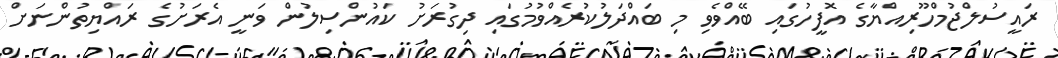
ރައީސުލްޖުމްހޫރިއްޔާގެ އޮފީހުގައި ބޭއްވެވި މި ބައްދަލުކުރެއްވުމުގައި ދިގުރަށު ކައުންސިލުން ވަނީ އެރަށުގެ ރައްޔިތުންނަށް